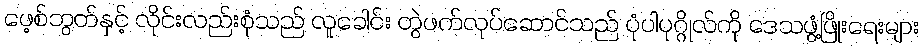
ဖေ့စ်ဘွတ်နှင့် လိုင်းလည်းစုံသည် လူခေါင်း တွဲဖက်လုပ်ဆောင်သည် ပုံပါပုဂ္ဂိုလ်ကို ဒေသဖွံ့ဖြိုးရေးများ